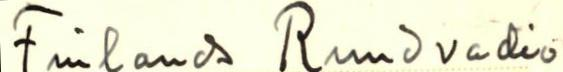
Finlands Rundradio